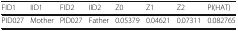
<table><thead><tr><td><b>FID1</b></td><td><b>IID1</b></td><td><b>FID2</b></td><td><b>IID2</b></td><td><b>Z0</b></td><td><b>Z1</b></td><td><b>Z2</b></td><td><b>PI(HAT)</b></td></tr></thead><tbody><tr><td>PID027</td><td>Mother</td><td>PID027</td><td>Father</td><td>0.05379</td><td>0.04621</td><td>0.07311</td><td>0.082765</td></tr></tbody></table>